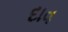
દાવ